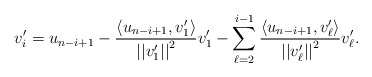
\begin{align*}v_i^\prime=u_{n-i+1}-\frac{\left<u_{n-i+1},v_1^\prime\right>}{\left|\left|v_1^\prime\right|\right|^2}v_1^\prime-\sum_{\ell=2}^{i-1}\frac{\left<u_{n-i+1},v_\ell^\prime\right>}{\left|\left|v_\ell^\prime\right|\right|^2}v_\ell^\prime.\end{align*}